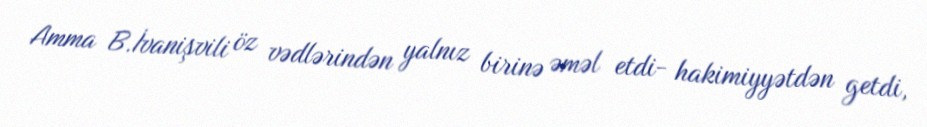
Amma B.İvanişvili öz vədlərindən yalnız birinə əməl etdi- hakimiyyətdən getdi,